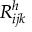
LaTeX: R _ { i j k } ^ { h }